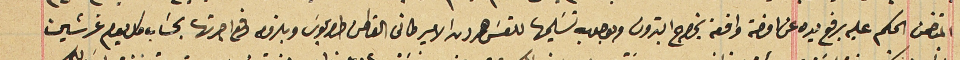
المتضمن الحكم عليه برفع يده عن اوضة واقعة بخراج البترون وبوجوب تسَليمها للقسَ هرون الاميركانى القاطن طرابلوس وبلزمه دفع اجرتها بحسَاب كل يوم غرشين